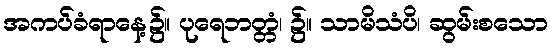
အကပ်ခံရာနေ့၌။ ပုရေဘတ္တံ၊ ၌။ သာမိသံပိ၊ ဆွမ်းစသော